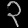
Digit: ၃